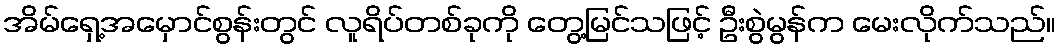
အိမ်ရှေ့အမှောင်စွန်းတွင် လူရိပ်တစ်ခုကို တွေ့မြင်သဖြင့် ဦးစွဲမွန်က မေးလိုက်သည်။